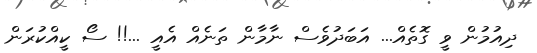
ދިއުމުން ވީ ގޮތެއް... އަބަދުވެސް ނާމާން ތަނެއް އެއީ ...!! ސޯ ކީއްކުރަން